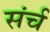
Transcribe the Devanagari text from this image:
संर्च